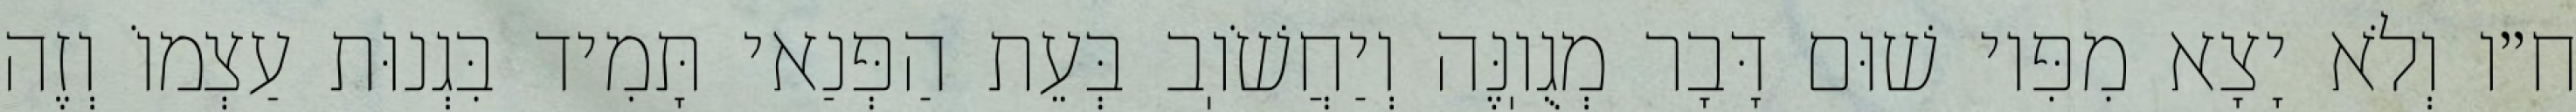
ח״ו וְלֹא יָצָא מִפִּיו שׁוּם דָּבָר מְגֻוֽנֶּה וְיַחֲשֹׁוֽב בְּעֵת הַפְּנַאי תָּמִיד בִּגְנוּת עַצְמוֹ וְזֶה